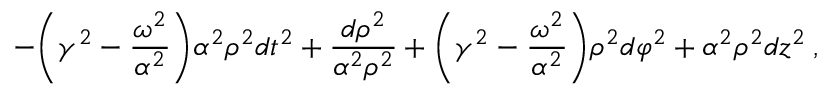
- { \biggl ( } \gamma ^ { 2 } - \frac { \omega ^ { 2 } } { \alpha ^ { 2 } } { \biggr ) } \alpha ^ { 2 } \rho ^ { 2 } d t ^ { 2 } + \frac { d \rho ^ { 2 } } { \alpha ^ { 2 } \rho ^ { 2 } } + { \biggl ( } \gamma ^ { 2 } - \frac { \omega ^ { 2 } } { \alpha ^ { 2 } } { \biggr ) } \rho ^ { 2 } d \varphi ^ { 2 } + \alpha ^ { 2 } \rho ^ { 2 } d z ^ { 2 } \: ,